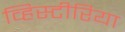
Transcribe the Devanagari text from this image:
व्हिस्टीरिया